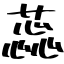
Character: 蕊